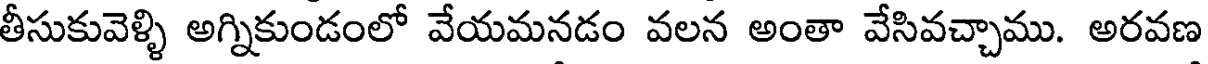
తీసుకువెళ్ళి అగ్నికుండంలో వేయమనడం వలన అంతా వేసివచ్చాము. అరవణ